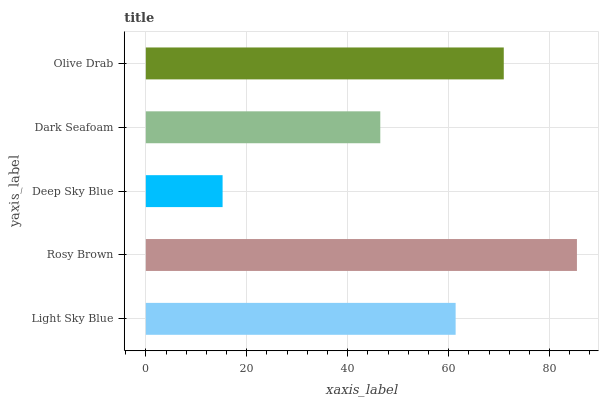
| yaxis_label | bars |
 | --- | --- |
 | Light Sky Blue | 61.4 |
 | Rosy Brown | 85.4 |
 | Deep Sky Blue | 15.2 |
 | Dark Seafoam | 46.5 |
 | Olive Drab | 70.9 |